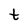
Character: t